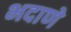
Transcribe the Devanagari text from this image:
भदाणे